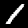
Label: 1